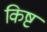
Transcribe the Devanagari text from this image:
किष्ट